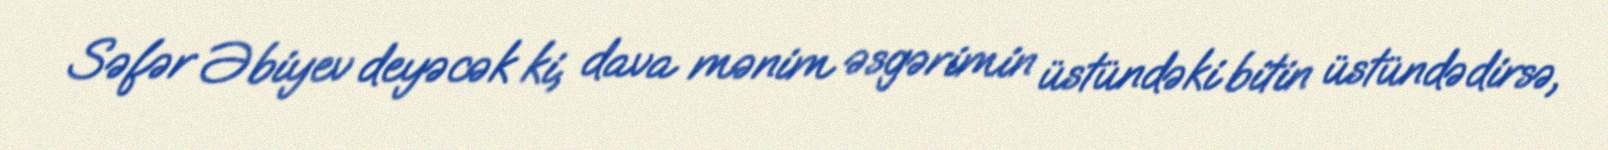
Səfər Əbiyev deyəcək ki, dava mənim əsgərimin üstündəki bitin üstündədirsə,